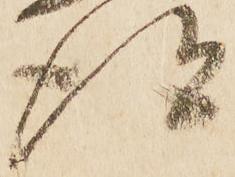
得